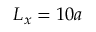
L _ { x } = 1 0 a